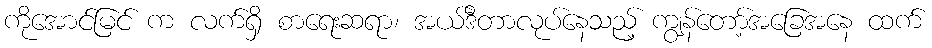
ကိုအောင်မြင် က လက်ရှိ စာရေးဆရာ၊ အယ်ဒီတာလုပ်နေသည့် ကျွန်တော့်အခြေအနေ ထက်